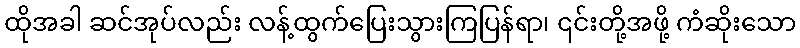
ထိုအခါ ဆင်အုပ်လည်း လန့်ထွက်ပြေးသွားကြပြန်ရာ၊ ၎င်းတို့အဖို့ ကံဆိုးသော